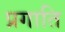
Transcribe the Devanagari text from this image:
प्रगाति